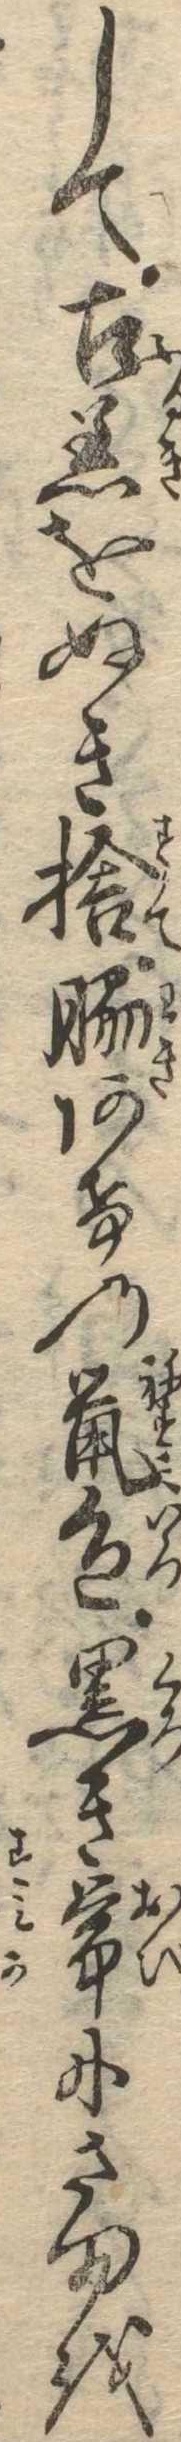
して古着をぬき捨脇あけの鼠色黒き帯にさまを